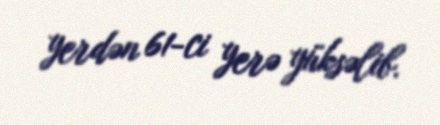
yerdən 61-ci yerə yüksəlib.